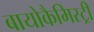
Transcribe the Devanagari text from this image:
बायोकैमिस्ट्री